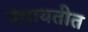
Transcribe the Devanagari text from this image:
पंचायतीत